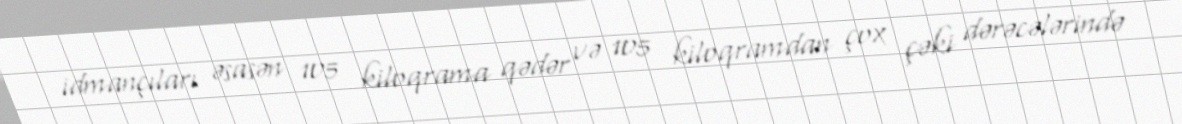
idmançıları əsasən 105 kiloqrama qədər və 105 kiloqramdan çox çəki dərəcələrində